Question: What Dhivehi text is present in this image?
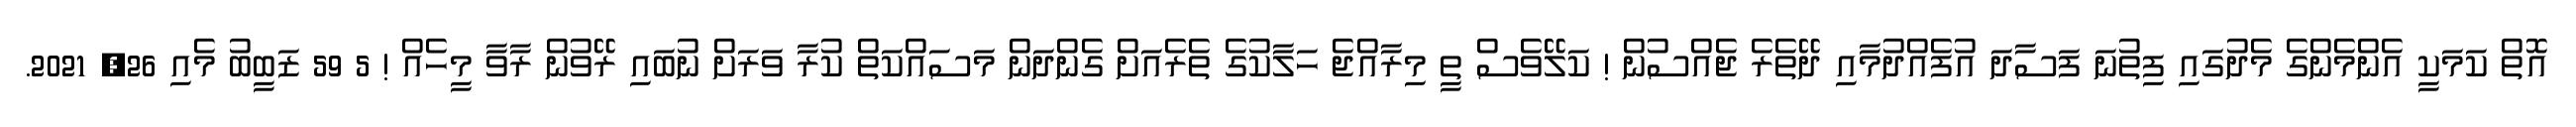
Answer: އޮތް ކަމަކީ އެންމެންގެ މެދުގައި ފިތުނަ ފަސާދަ އުފެއްދުމާއި ދޭތެރެ ޖެއްސުން ! ކަލޭވެސް ތީ މިރާއްޖެ ހަލާކުގެ ތެރެއަށް ގެންދަން މަސައްކަތް ކުރާ ވަރަށް ނުބައި ރޭވުން ރާވާ މީހެއް ! 5 59 ޒަބީބު މެއި 26, 2021.